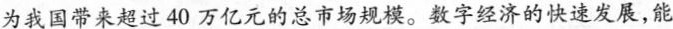
为我国带来超过40万亿元的总市场规模。数字经济的快速发展，能